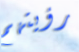
رؤيتهم